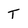
Character: T